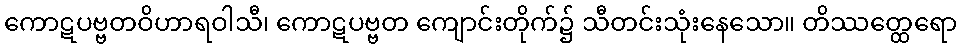
ကောဋပဗ္ဗတဝိဟာရဝါသီ၊ ကောဋပဗ္ဗတ ကျောင်းတိုက်၌ သီတင်းသုံးနေသော။ တိဿတ္ထေရော